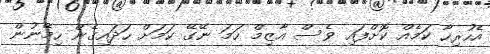
އެހުރިހާ ކަމެއް ކޮށްފައި ވެސް އާޒިމް ހަމަ ނޭގޭ ކަމަށް ހަދައިގެން ހިމޭނުން